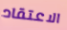
الاعتقاد